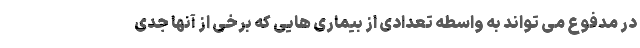
در مدفوع می تواند به واسطه تعدادی از بیماری هایی که برخی از آنها جدی